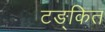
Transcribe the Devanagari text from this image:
टङ्कित